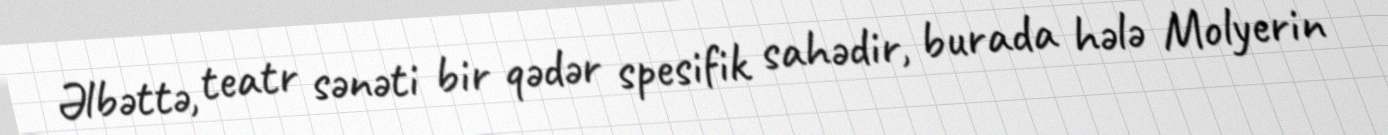
Əlbəttə, teatr sənəti bir qədər spesifik sahədir, burada hələ Molyerin